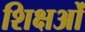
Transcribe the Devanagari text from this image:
शिक्षओं